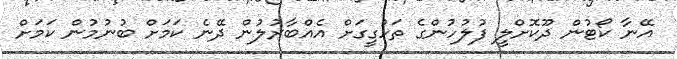
އޭނާ ކޯޓުން ދޫކޮށްލީ ފުލުހުންގެ ތަހުގީގަށް އެއްބާރުލުން ދޭނެ ކަމަށް ބުނުމުން ކަމަށް